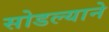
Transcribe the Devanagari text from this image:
सोडल्याने